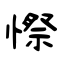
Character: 憏